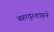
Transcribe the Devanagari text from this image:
बहादुरशाहने